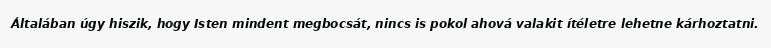
Általában úgy hiszik, hogy Isten mindent megbocsát, nincs is pokol ahová valakit ítéletre lehetne kárhoztatni.